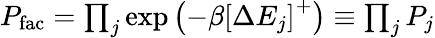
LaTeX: \begin{array}{r}{P_{\mathrm{fac}}=\prod_{j}\exp\left(-\beta\left[\Delta E_{j}\right]^{+}\right)\equiv\prod_{j}P_{j}}\end{array}